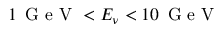
1 \, \mathrm { ~ G ~ e ~ V ~ } < E _ { \nu } < 1 0 \, \mathrm { ~ G ~ e ~ V ~ }